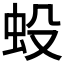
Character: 𧈻